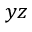
y z